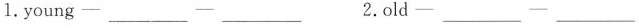
1.young—___—___ 2.old—___—___